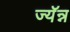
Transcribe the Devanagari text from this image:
ज्यॅन्न